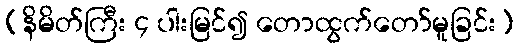
(နိမိတ်ကြီး ၄ ပါးမြင်၍ တောထွက်တော်မူခြင်း)